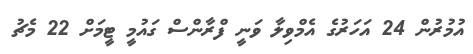
އުމުރުން 24 އަހަރުގެ އެމްވިލާ ވަނީ ފްރާންސް ގައުމީ ޓީމަށް 22 މެޗު